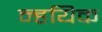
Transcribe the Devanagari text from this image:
न्हयिक